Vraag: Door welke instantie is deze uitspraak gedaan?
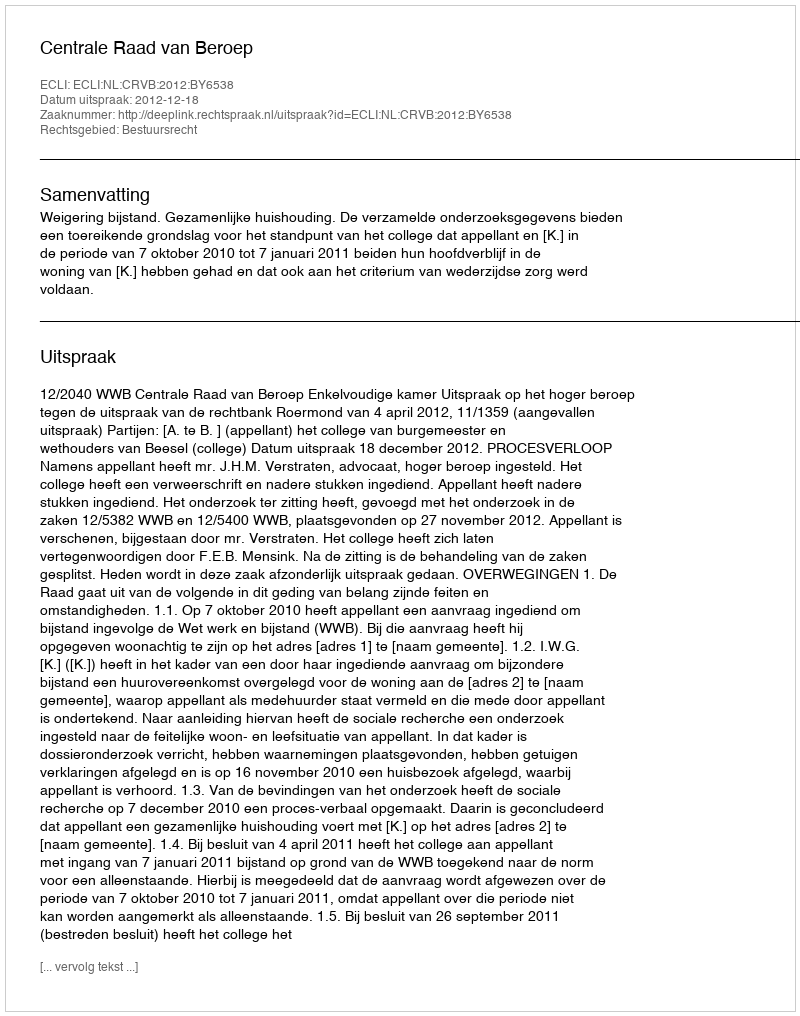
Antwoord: Centrale Raad van Beroep